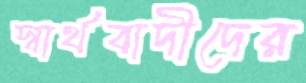
স্বার্থবাদীদের